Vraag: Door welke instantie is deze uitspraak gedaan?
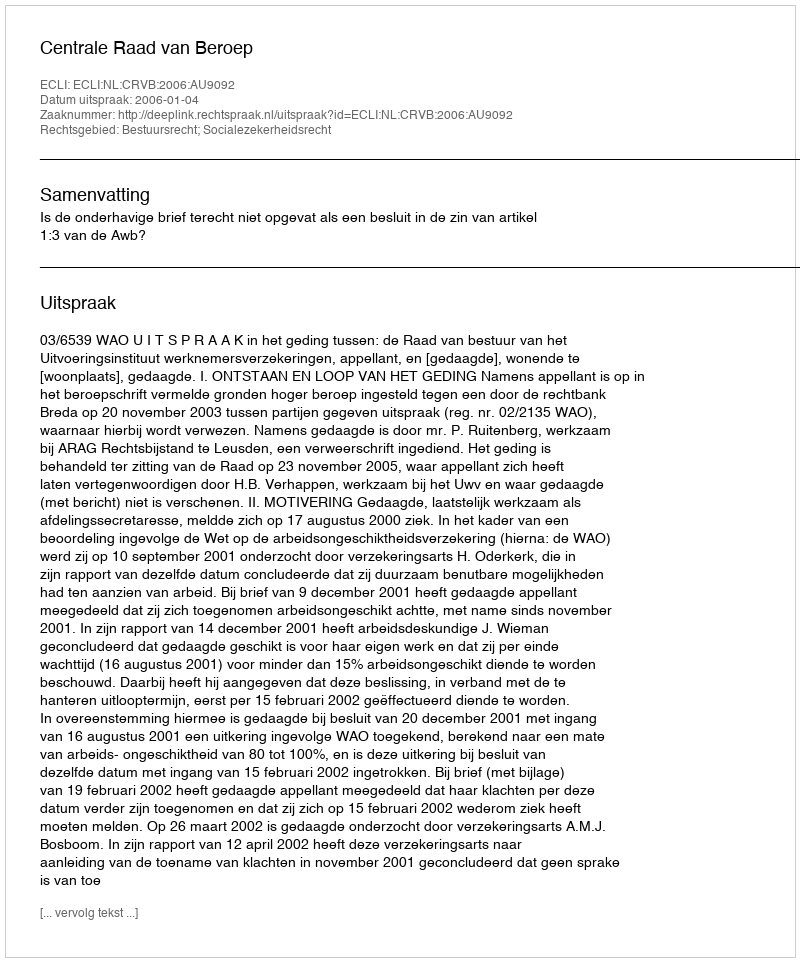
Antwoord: Centrale Raad van Beroep